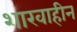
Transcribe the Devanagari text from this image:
शाखाहीन